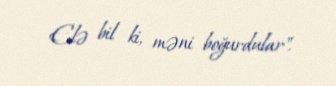
Elə bil ki, məni boğurdular".